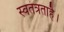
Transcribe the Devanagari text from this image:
स्वतंत्रताहै।